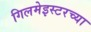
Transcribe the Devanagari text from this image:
गिलमेइस्टरच्या